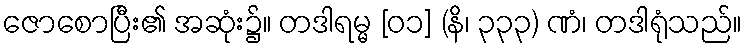
ဇောစောပြီး၏ အဆုံး၌။ တဒါရမ္မ [၀၁] (နိ၊ ၃၃၃) ဏံ၊ တဒါရုံသည်။